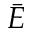
\bar { E }